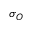
\sigma _ { O }